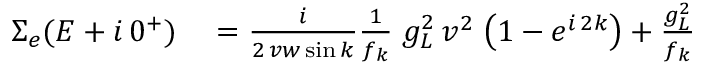
\begin{array} { r l } { \Sigma _ { e } ( E + i \, 0 ^ { + } ) } & { { } = \frac { i } { 2 \, v w \sin { k } } \frac { 1 } { f _ { k } } \; g _ { L } ^ { 2 } \, v ^ { 2 } \; \big ( 1 - e ^ { i \, 2 k } \big ) + \frac { g _ { L } ^ { 2 } } { f _ { k } } } \end{array}